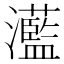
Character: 灆